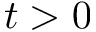
t > 0